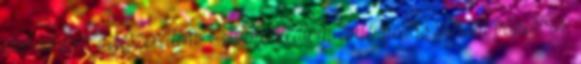
első látásra beleszerettem. Azon alkalom élményeit is leírtam bővebben,